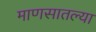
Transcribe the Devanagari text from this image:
माणसातल्या